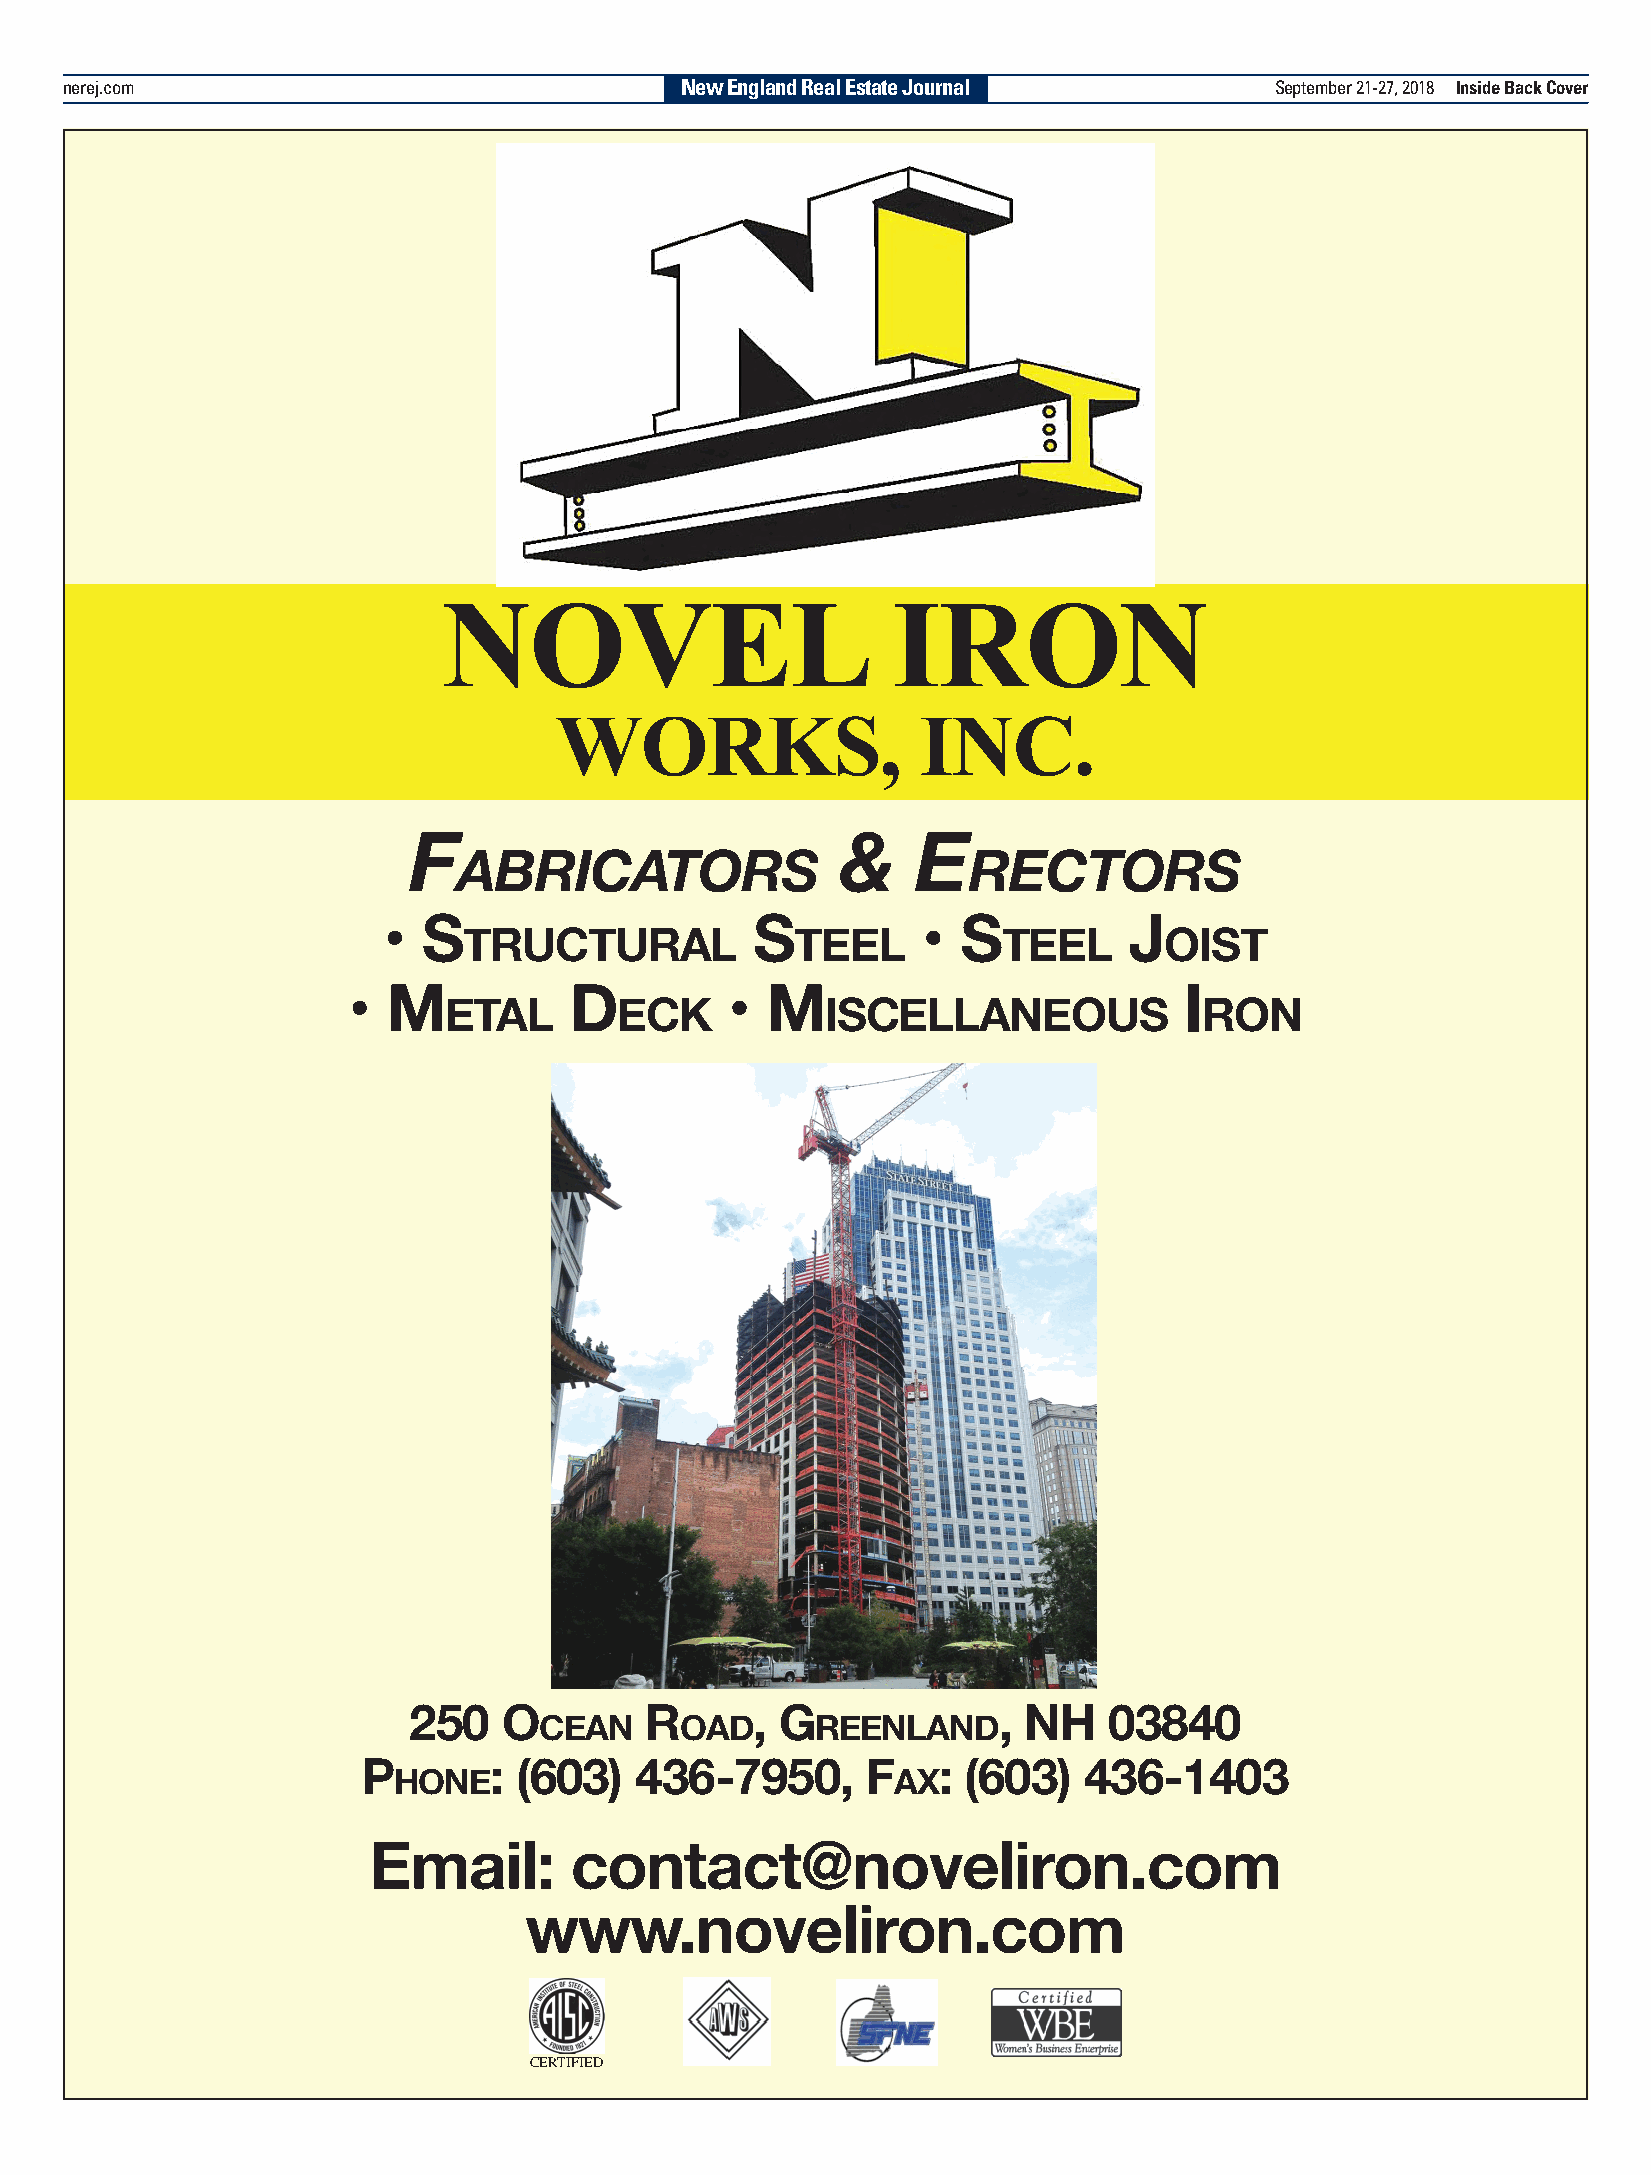
nerej.com                                New England Real Estate Journal        September 21-27, 2018 Inside Back Cover
 NOVEL                         IRON
 WORKS,                  INC.
 F                           &     E
 abricators                        rEctors
 •  S                     S          •  S          J
 tructural             teel         teel       oiSt
 •  M           D         •  M                          i
 etal        eck           iScellaneouS             ron
 250   o         r      , G             , nH   03840
 cean     oaD      reenlanD
 P       : (603)   436-7950,      F    : (603)   436-1403
 Hone                             ax
 Email:        contact@noveliron.com
 www.noveliron.com
 CERTIFIED
 PROOF     NE NY Tel: 781-878-4540
 REAL ESTATE JOURNAL
 Changes New Proof Proof Approved
 Size: Full   Section: NE Wrap
 From: Patty
 Run Date: 9-21-18
 ”2
 porc